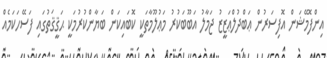
އިންފޮމޭޝަން އޮފިސަރުން ޢަބްދުލްޢަޒީޒު ޖަމާލު އަބޫބަކުރު މަޢުލޫމާތަކީ ކޮބައިކަން ބަޔާންކުރުމަކީ ޙަޤީޤަތުގައި ފަސޭހަކަމެއް